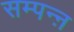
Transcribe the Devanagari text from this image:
सम्पन्ऩ